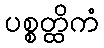
ပစ္စတ္ထိကံ